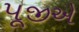
પૂજીએ